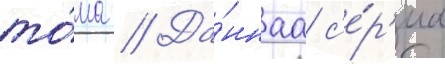
то́ма // Да́ннаа с'е́р'иа